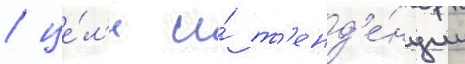
/ це́л'и и́ т'енд'е́нции